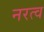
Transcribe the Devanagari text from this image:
नरत्व